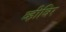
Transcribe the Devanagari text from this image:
व्हीविर